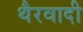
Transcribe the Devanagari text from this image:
थैरवादी